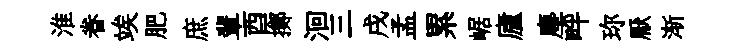
淮眷竢肥庶輩酉擲洄三戌孟累崌廬塵畔珎厭渐